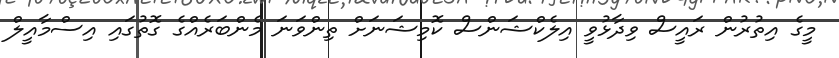
މީގެ އިތުރުން ރައީސް ވިދާޅުވީ އިލެކްޝަންސް ކޮމިޝަނަށް ތިންވަނަ މެންބަރެއްގެ ގޮތުގައި އިސްމާއީލް